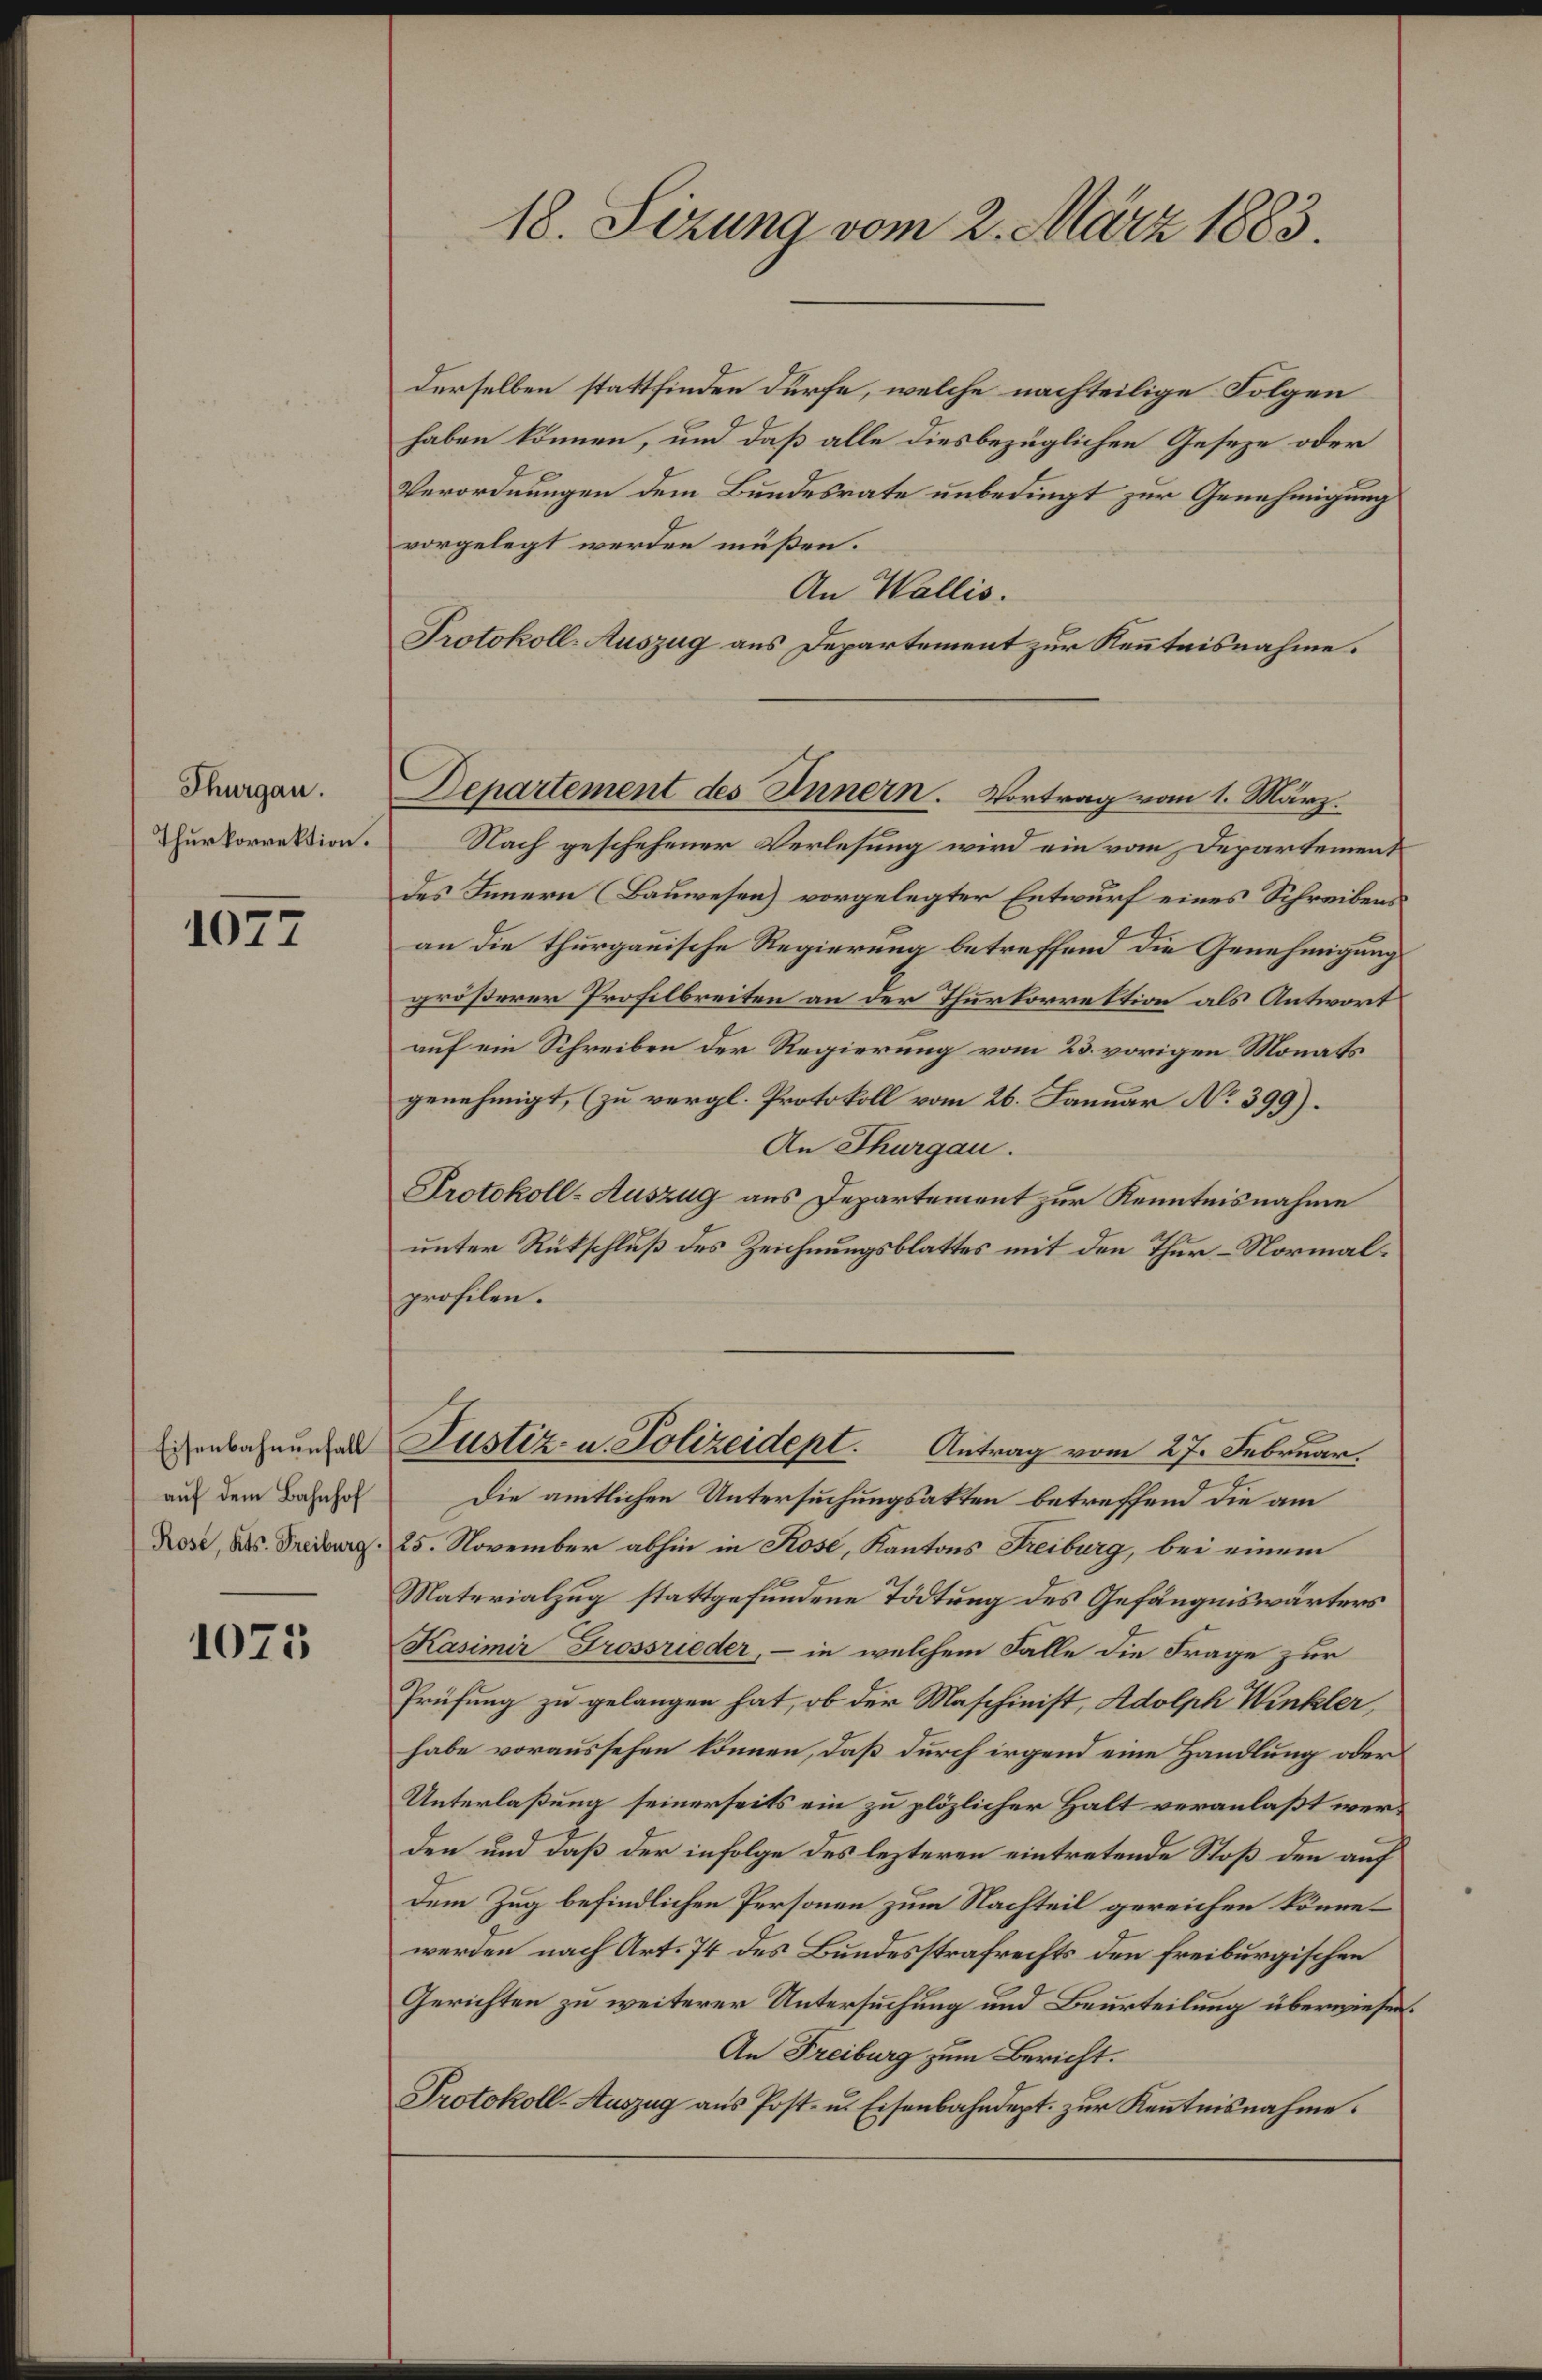
Thurgau.
Thurkorrektion.

1077

Eisenbahnenfall
auf dem Bahnhof
Rose, Kts. Freiburg.

1075

derselben stattfinden dürfe, welche nachteilige Folgen
haben können, und daß alle diesbezüglichen Geseze oder
Verordnungen dem Bundesrate unbedingt zur Genehmigung
vorgelegt werden müßen.
An Wallis.
Protokoll-Auszug aus Departement zur Kenntnisnahme.
Nach geschehener Verlesung wird ein vom Departement
des Innern (Bauwesen) vorgelegter Entwurf eines Schreibens
an die thurgauische Regierung betreffend die Genehmigung
größerer Profilbreiten an der Thurkorrektion als Antwort
auf ein Schreiben der Regierung vom 23. vorigen Monats
genehmigt, (zu vergl. Protokoll vom 26. Januar No 399).
An Thurgau.
Protokoll-Auszug aus Departement zur Kenntnisnahme
unter Rükschluß des Zeichnungsblattes mit den Thur-Normalprofilen.
Justiz- u. Polizeidept. Antrag vom 27. Februar.
Die amtlichen Untersuchungsakten betreffend die am
25. November abhin in Rose, Kantons Freiburg, bei einem
Materialzug stattgefundene Tödtung des Gefängniswärters
Kasimir Grossrieder, - in welchem Falle die Frage zur
Prüfung zu gelangen hat, ob der Maschinist, Adolph Winkler,
habe voraussehen können, daß durch irgend eine Handlung oder
Unterlaßung seinerseits ein zu plözlicher Halt veranlaßt werden und daß der infolge des lezteren eintretende Stoß den auf
dem Zug befindlichen Personen zum Nachteil gereichen könne.
werden nach Art. 74 des Bundesstrafrechts den freiburgischen
Gerichten zu weiterer Untersuchung und Beurteilung überwiesen.
An Freiburg zum Bericht.
Protokoll-Auszug aus Post- u. Eisenbahndept. zŭr Keṅtnisnahme.

18. Sizung vom 2. März 1883.

Departement des Innern. Vortrag vom 1. März.